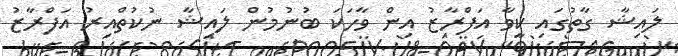
ލައިޝާ ގާތުގައި ކީވާ އަފްރާޒު އިން ވާހަކަ ބުނުމުން ލައިޝާ ނުކުތްއިރު އަފްރާޒު